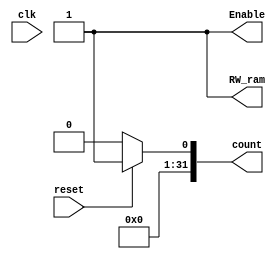
module COUNTER(clk, reset, count,RW_ram,Enable);

input clk,reset;
output reg [31:0] count;
output reg RW_ram,Enable;



always @ (*)
begin
count = 32'b00000000000000000000000000000000;
if(!reset)
	count = 32'b00000000000000000000000000000000;
else
	count = count + 1;
	RW_ram=1'b1;
	Enable=1'b1;
end
endmodule